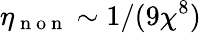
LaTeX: \eta_{\mathrm{~n~o~n~}}\sim 1/(9\chi^{8})